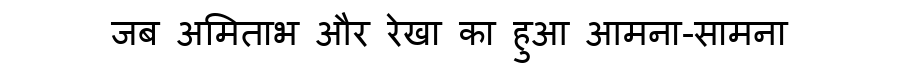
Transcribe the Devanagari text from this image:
जब अमिताभ और रेखा का हुआ आमना-सामना